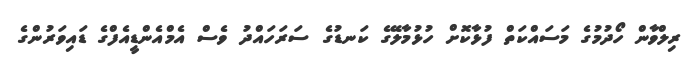
ރިލްވާން ހޯދުމުގެ މަސައްކަތް ފުޅާކޮށް ހުޅުމާލޭގެ ކަނޑުގެ ސަރަހައްދު ވެސް އެމްއެންޑީއެފްގެ ޑައިވަރުންގެ